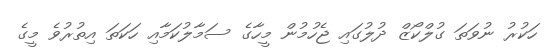
ހަކުރު ނުވަތަ ގުލްކޯޒް ދުލުގައި ޖެހުމުން މީހާގެ ސަމާލުކަމާއި ހަކަތަ އިތުރުވެ މީގެ